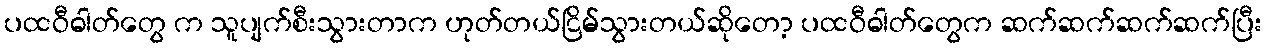
ပထဝီဓါတ်တွေ က သူပျက်စီးသွားတာက ဟုတ်တယ်ငြိမ်သွားတယ်ဆိုတော့ ပထဝီဓါတ်တွေက ဆက်ဆက်ဆက်ဆက်ပြီး